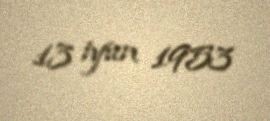
13 iyun 1953